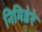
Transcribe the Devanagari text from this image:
निमिडेरे